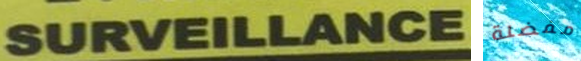
SURVEILLANCE مفضلة